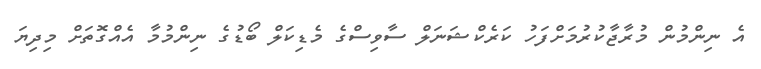
އެ ނިންމުން މުރާޖާކުރުމަށްފަހު ކަރެކްޝަނަލް ސާވިސްގެ މެޑިކަލް ބޯޑުގެ ނިންމުމާ އެއްގޮތަށް މިދިޔަ